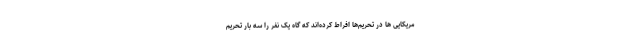
مریکایی ها در تحریم‌ها افراط کرده‌اند که گاه یک نفر را سه بار تحریم